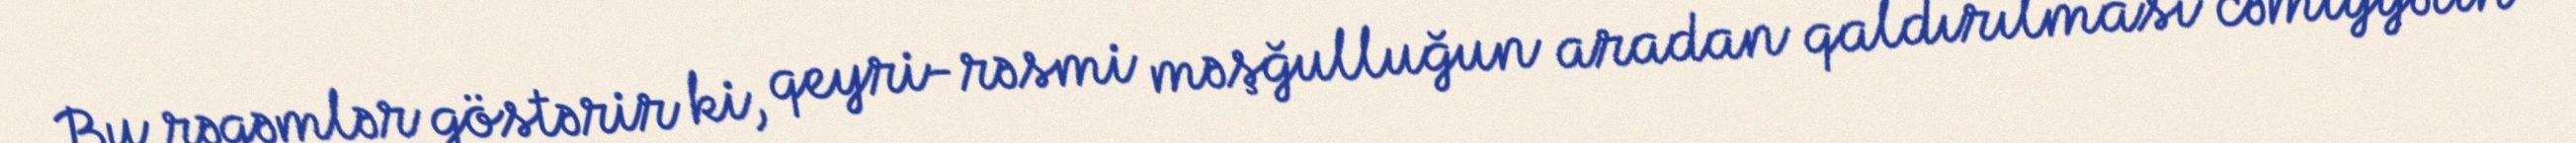
Bu rəqəmlər göstərir ki, qeyri-rəsmi məşğulluğun aradan qaldırılması cəmiyyətin